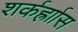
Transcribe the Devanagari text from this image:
शर्कर्ह्राास